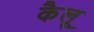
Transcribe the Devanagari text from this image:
कैलू